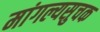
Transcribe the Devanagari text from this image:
मांगल्यसुचक